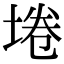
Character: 埢